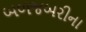
બળજબરીના